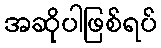
အဆိုပါဖြစ်ရပ်